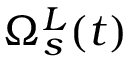
\Omega _ { s } ^ { L } ( t )